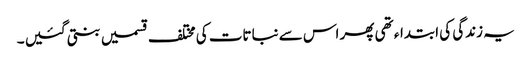
یہ زندگی کی ابتداء تھی پھر اس سے نباتات کی مختلف قسمیں بنتی گئیں ۔